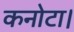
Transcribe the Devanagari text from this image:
कनोटा।